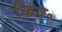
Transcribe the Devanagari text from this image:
किए॰